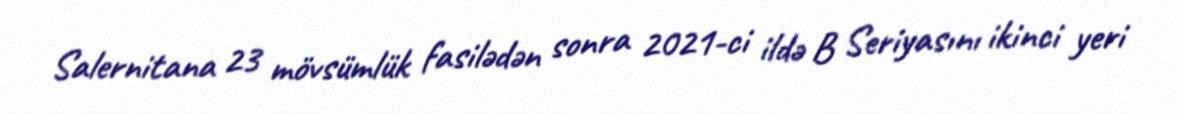
Salernitana 23 mövsümlük fasilədən sonra 2021-ci ildə B Seriyasını ikinci yeri